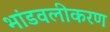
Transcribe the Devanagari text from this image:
भांडवलीकरण